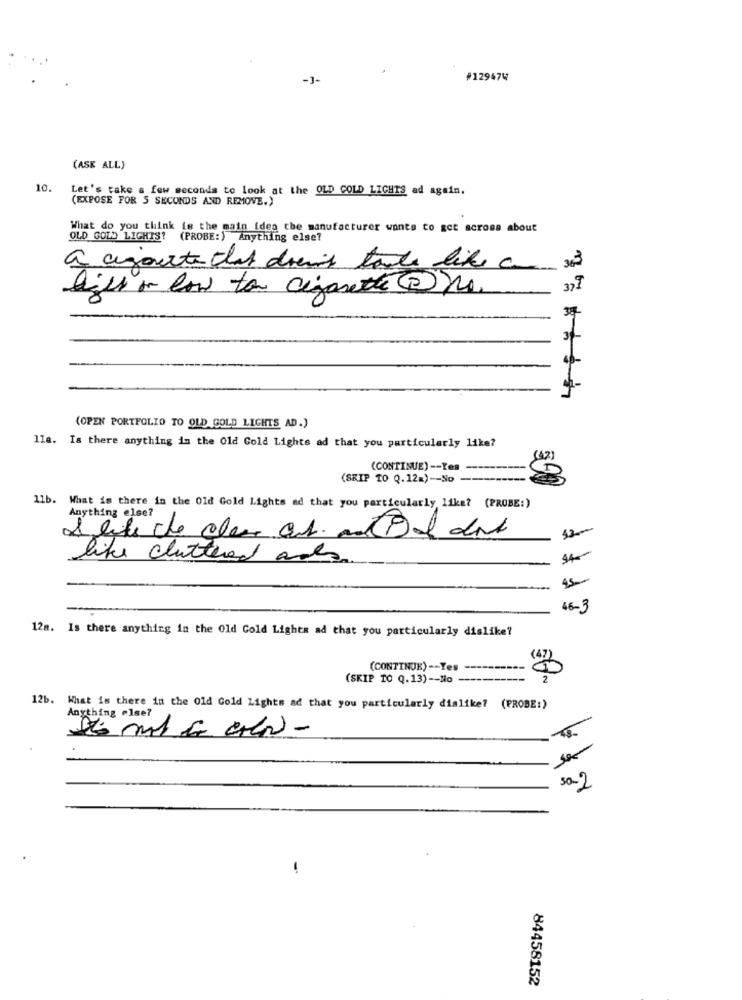
#129474
(ASK ALL)
10. Let's take a few seconds to look at the OLD GOLD LIGHTS ad again.
(EXPOSE FOR 5 SECONDS AND REMOVE.)
What do you think is the main idea the manufacturer wants to get across about
OLD GOLD LIGHTS? (PROBE:) Anything else?
a againte that draws tanks like a 33
lies on low to cigarette@no.
(OPEN PORTFOLIO TO OLD GOLD LIGHTS AD.)
lla. Is there anything in the Old Gold Lights ad that you particularly like?
(CONTINUE) -- Yes
(SKIP TO Q.12=) -- No -
11b. What is there in the Old Gold Lights ad that you particularly like? (PROBE:)
Anything else?
like cluttered ads
45
46-3
12m. Is there anything in the Old Gold Lights ad that you particularly dislike?
(CONTINUE) -- Yes
(SKIP TO Q.13) -- No ---
12b. What is there in the Old Gold Lights ad that you particularly dialike? (PROBE:)
Anything else?
-
50-2
-
84458152